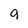
Character: 9